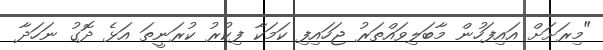
"މިރަށަށް އައިފަހުން މާބަލިވައްތަރު ޖަހައިފި ކަމަކާ ފިކުރު ކުރަނީތަ އަޅެ ދޮގު ނަހަދާ